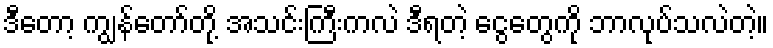
ဒီတော့ ကျွန်တော်တို့ အသင်းကြီးကလဲ ဒီရတဲ့ ငွေတွေကို ဘာလုပ်သလဲတဲ့။